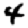
Digit: 4